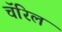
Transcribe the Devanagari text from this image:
चॅरिल